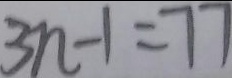
3 n - 1 = 7 7